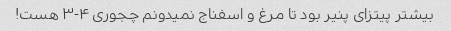
بیشتر پیتزای پنیر بود تا مرغ و اسفناج نمیدونم چجوری ۴-۳ هست!